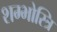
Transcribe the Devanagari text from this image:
शम्भोस्त्रि